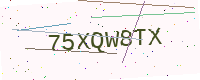
Text: 75XQW8TX